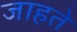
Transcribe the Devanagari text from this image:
जाहते